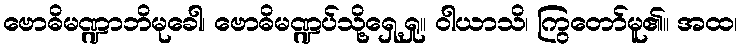
ဗောဓိမဏ္ဍာဘိမုခေါ၊ ဗောဓိမဏ္ဍပ်သို့ရှေ့ရှု။ ဝါယာသိ၊ ကြွတော်မူ၏။ အထ၊